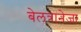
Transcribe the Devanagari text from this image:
बेलत्रानेजा